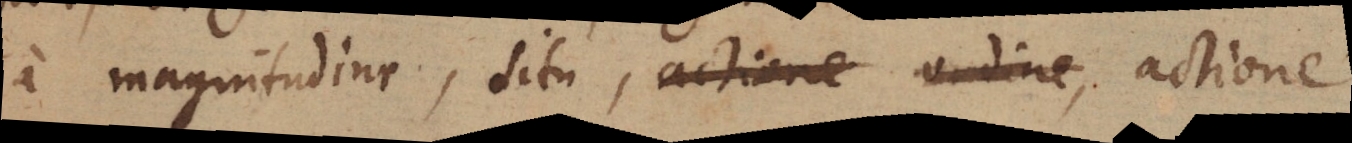
a magnitudine, situ, actione ordine, actione